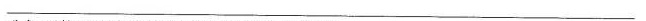
___